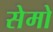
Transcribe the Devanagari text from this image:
सेमो